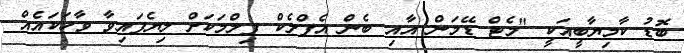
ބޮޑު ކާމިޔާބީއަކީ "މެޓް ޑޭމަން އާއި ބެން އެފްލެކް ފިލްމަކަށް ލިޔެފައިވާ ވާހަކައެއް